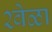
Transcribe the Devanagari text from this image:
२वेळा